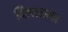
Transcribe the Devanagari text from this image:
दिलाऊँगा